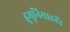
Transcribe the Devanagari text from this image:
हुमुनियाहहैं।